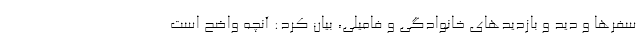
سفرها و دید و بازدیدهای خانوادگی و فامیلی، بیان کرد: آنچه واضح است